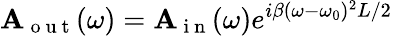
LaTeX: \mathbf{A}_{\mathrm{{~o~u~t~}}}(\omega)=\mathbf{A}_{\mathrm{{~i~n~}}}(\omega)e^{i\beta(\omega-\omega_{0})^{2}L/2}